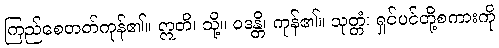
ကြည်စေတတ်ကုန်၏။ ဣတိ၊ သို့။ ဝဒန္တိ၊ ကုန်၏။ သုတ္တံ၊ ရှင်ပင်တို့စကားကို